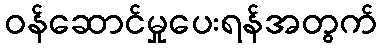
ဝန်ဆောင်မှုပေးရန်အတွက်